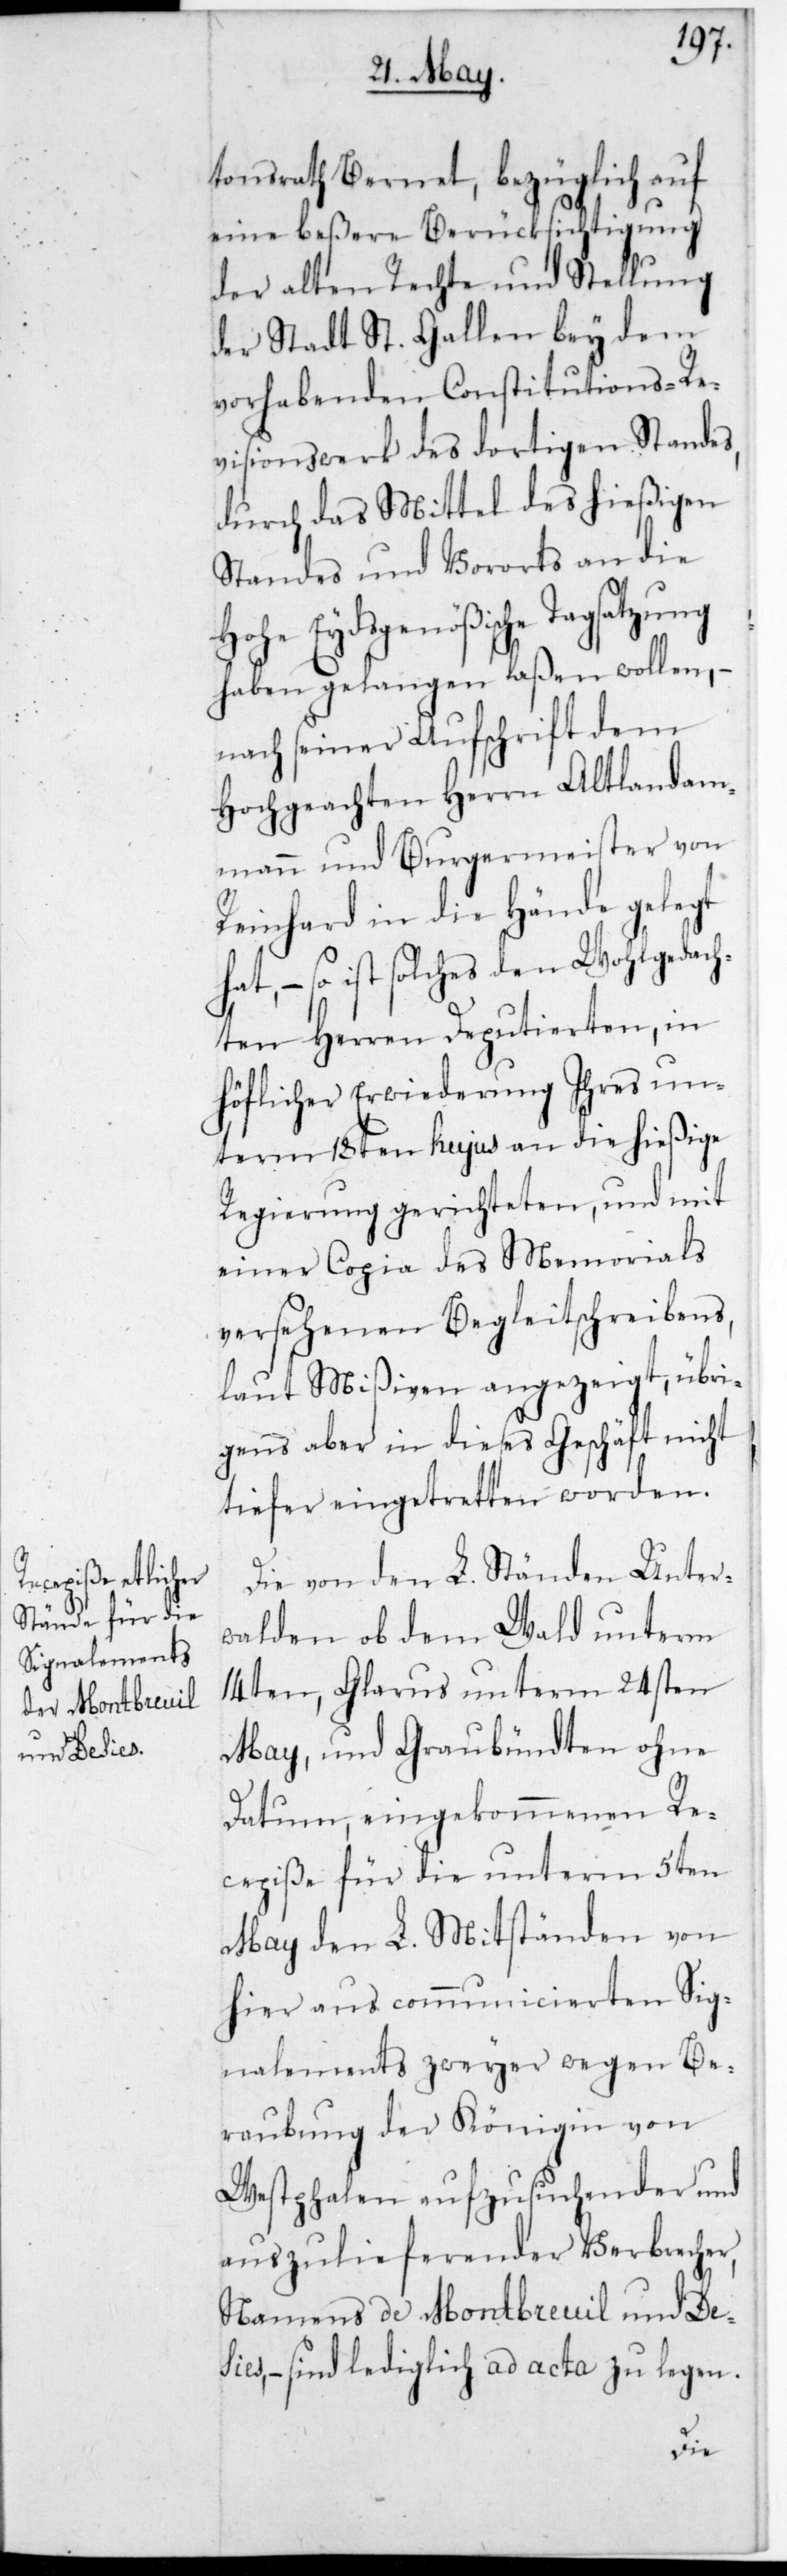
tonsrath Bernet, bezüglich auf
eine beßere Berücksichtigung
der alten Rechte und Stellung
der Stadt St. Gallen bey dem
vorhabenden Constitutions-Re¬
visionswerk des dortigen Standes,
durch das Mittel des hießigen
Standes und Vororts an die
Hohe Eydsgenößische Tagsatzung
haben gelangen laßen wollen, –
nach seiner Aufschrift dem
hochgeachten Herrn Alt-Landam¬
mann und Burgermeister von
Reinhard in die Hände gelegt
hat, – so ist solches den wohlgedach¬
ten Herren Deputierten, in
höflicher Erwiderung ihres un¬
term 18ten hujus an die hießige
Regierung gerichteten, und mit
einer Copia des Memorials
versehenen Begleitschreibens,
laut Mißiven angezeigt, übri¬
gens aber in dieses Geschäft nicht
tiefer eingetretten worden.
Die von den L. Ständen Unter¬
walden ob dem Wald unterm
14ten, Glarus unterm 24sten
May, und Graubündten ohne
Datum, eingekommenen Re¬
cepiße für die unterm 5ten
May den L. Mitständen von
hier aus communicierten Sig¬
nalements zweier wegen Be¬
raubung der Königin von
Westphalen aufzusuchender und
auszulieferender Verbrecher,
namens de Montbreuil und Des¬
ies, – sind lediglich ad acta zu legen.